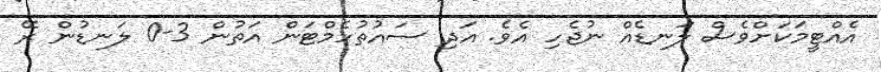
އެއްޓީމަކަށްވެސް ލަނޑެއް ނުޖެހި އެވެ. އަދި ސައުތުހެމްޓަން އަތުން 3-0 ލަނޑުން ރޭ